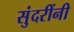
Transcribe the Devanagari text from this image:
सुंदरींनी